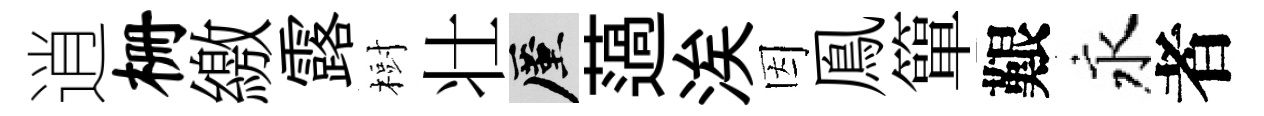
逍栅繳露𣗳壮厪薖涘因鳯簞艱永者